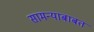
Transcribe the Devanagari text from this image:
सामन्याबाबत